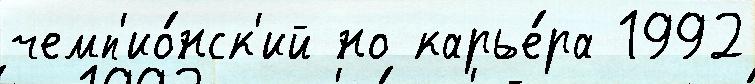
чемп'ио́нск'ий но карье́ра 1992